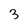
Character: 3